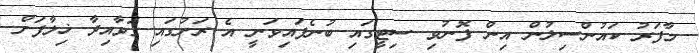
މާފަރު ކައުންސިލުން އިން ފޮނުވި ސިޓީގައި ބުނެފައިވަނީ އެ ރަށުގައި ގަވާއިދާ ޚިލާފަށް